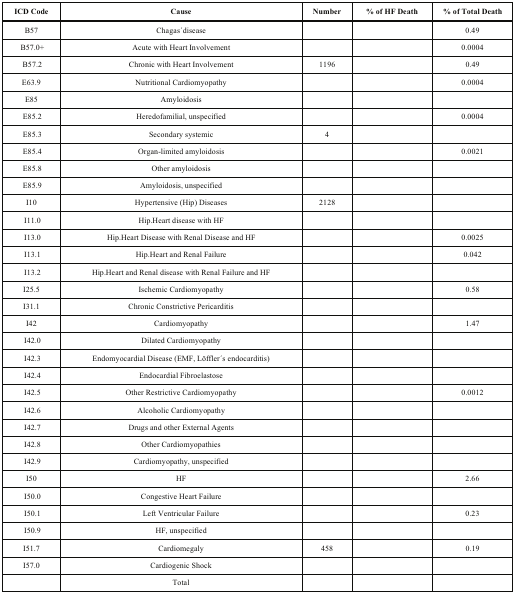
<table><thead><tr><td><b>ICD Code</b></td><td><b>Cause</b></td><td><b>Number</b></td><td><b>% of HF Death</b></td><td><b>% of Total Death</b></td></tr></thead><tbody><tr><td>B57</td><td>Chagas ́disease</td><td>[EMPTY_CELL]</td><td>[EMPTY_CELL]</td><td>0.49</td></tr><tr><td>B57.0+</td><td>Acute with Heart Involvement</td><td>[EMPTY_CELL]</td><td>[EMPTY_CELL]</td><td>0.0004</td></tr><tr><td>B57.2</td><td>Chronic with Heart Involvement</td><td>1196</td><td>[EMPTY_CELL]</td><td>0.49</td></tr><tr><td>E63.9</td><td>Nutritional Cardiomyopathy</td><td>[EMPTY_CELL]</td><td>[EMPTY_CELL]</td><td>0.0004</td></tr><tr><td>E85</td><td>Amyloidosis</td><td>[EMPTY_CELL]</td><td>[EMPTY_CELL]</td><td>[EMPTY_CELL]</td></tr><tr><td>E85.2</td><td>Heredofamilial, unspecified</td><td>[EMPTY_CELL]</td><td>[EMPTY_CELL]</td><td>0.0004</td></tr><tr><td>E85.3</td><td>Secondary systemic</td><td>4</td><td>[EMPTY_CELL]</td><td>[EMPTY_CELL]</td></tr><tr><td>E85.4</td><td>Organ-limited amyloidosis</td><td>[EMPTY_CELL]</td><td>[EMPTY_CELL]</td><td>0.0021</td></tr><tr><td>E85.8</td><td>Other amyloidosis</td><td>[EMPTY_CELL]</td><td>[EMPTY_CELL]</td><td>[EMPTY_CELL]</td></tr><tr><td>E85.9</td><td>Amyloidosis, unspecified</td><td>[EMPTY_CELL]</td><td>[EMPTY_CELL]</td><td>[EMPTY_CELL]</td></tr><tr><td>I10</td><td>Hypertensive (Hip) Diseases</td><td>2128</td><td>[EMPTY_CELL]</td><td>[EMPTY_CELL]</td></tr><tr><td>I11.0</td><td>Hip.Heart disease with HF</td><td>[EMPTY_CELL]</td><td>[EMPTY_CELL]</td><td>[EMPTY_CELL]</td></tr><tr><td>I13.0</td><td>Hip.Heart Disease with Renal Disease and HF</td><td>[EMPTY_CELL]</td><td>[EMPTY_CELL]</td><td>0.0025</td></tr><tr><td>I13.1</td><td>Hip.Heart and Renal Failure</td><td>[EMPTY_CELL]</td><td>[EMPTY_CELL]</td><td>0.042</td></tr><tr><td>I13.2</td><td>Hip.Heart and Renal disease with Renal Failure and HF</td><td>[EMPTY_CELL]</td><td>[EMPTY_CELL]</td><td>[EMPTY_CELL]</td></tr><tr><td>I25.5</td><td>Ischemic Cardiomyopathy</td><td>[EMPTY_CELL]</td><td>[EMPTY_CELL]</td><td>0.58</td></tr><tr><td>I31.1</td><td>Chronic Constrictive Pericarditis</td><td>[EMPTY_CELL]</td><td>[EMPTY_CELL]</td><td>[EMPTY_CELL]</td></tr><tr><td>I42</td><td>Cardiomyopathy</td><td>[EMPTY_CELL]</td><td>[EMPTY_CELL]</td><td>1.47</td></tr><tr><td>I42.0</td><td>Dilated Cardiomyopathy</td><td>[EMPTY_CELL]</td><td>[EMPTY_CELL]</td><td>[EMPTY_CELL]</td></tr><tr><td>I42.3</td><td>Endomyocardial Disease (EMF, Löffler ́s endocarditis)</td><td>[EMPTY_CELL]</td><td>[EMPTY_CELL]</td><td>[EMPTY_CELL]</td></tr><tr><td>I42.4</td><td>Endocardial Fibroelastose</td><td>[EMPTY_CELL]</td><td>[EMPTY_CELL]</td><td>[EMPTY_CELL]</td></tr><tr><td>I42.5</td><td>Other Restrictive Cardiomyopathy</td><td>[EMPTY_CELL]</td><td>[EMPTY_CELL]</td><td>0.0012</td></tr><tr><td>I42.6</td><td>Alcoholic Cardiomyopathy</td><td>[EMPTY_CELL]</td><td>[EMPTY_CELL]</td><td>[EMPTY_CELL]</td></tr><tr><td>I42.7</td><td>Drugs and other External Agents</td><td>[EMPTY_CELL]</td><td>[EMPTY_CELL]</td><td>[EMPTY_CELL]</td></tr><tr><td>I42.8</td><td>Other Cardiomyopathies</td><td>[EMPTY_CELL]</td><td>[EMPTY_CELL]</td><td>[EMPTY_CELL]</td></tr><tr><td>I42.9</td><td>Cardiomyopathy, unspecified</td><td>[EMPTY_CELL]</td><td>[EMPTY_CELL]</td><td>[EMPTY_CELL]</td></tr><tr><td>I50</td><td>HF</td><td>[EMPTY_CELL]</td><td>[EMPTY_CELL]</td><td>2.66</td></tr><tr><td>I50.0</td><td>Congestive Heart Failure</td><td>[EMPTY_CELL]</td><td>[EMPTY_CELL]</td><td>[EMPTY_CELL]</td></tr><tr><td>I50.1</td><td>Left Ventricular Failure</td><td>[EMPTY_CELL]</td><td>[EMPTY_CELL]</td><td>0.23</td></tr><tr><td>I50.9</td><td>HF, unspecified</td><td>[EMPTY_CELL]</td><td>[EMPTY_CELL]</td><td>[EMPTY_CELL]</td></tr><tr><td>I51.7</td><td>Cardiomegaly</td><td>458</td><td>[EMPTY_CELL]</td><td>0.19</td></tr><tr><td>I57.0</td><td>Cardiogenic Shock</td><td>[EMPTY_CELL]</td><td>[EMPTY_CELL]</td><td>[EMPTY_CELL]</td></tr><tr><td>[EMPTY_CELL]</td><td>Total </td><td>[EMPTY_CELL]</td><td>[EMPTY_CELL]</td><td>[EMPTY_CELL]</td></tr></tbody></table>